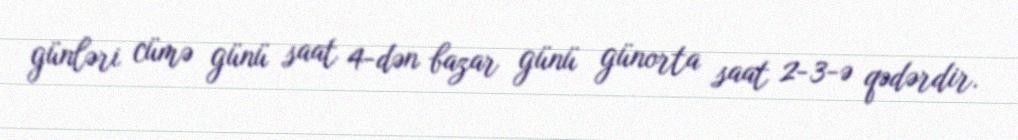
günləri cümə günü saat 4-dən bazar günü günorta saat 2-3-ə qədərdir.